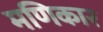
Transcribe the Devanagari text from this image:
मणिकार